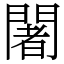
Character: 闍